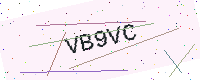
Text: VB9VC